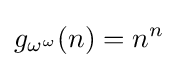
g_{\omega ^{\omega }}(n)=n^{n}